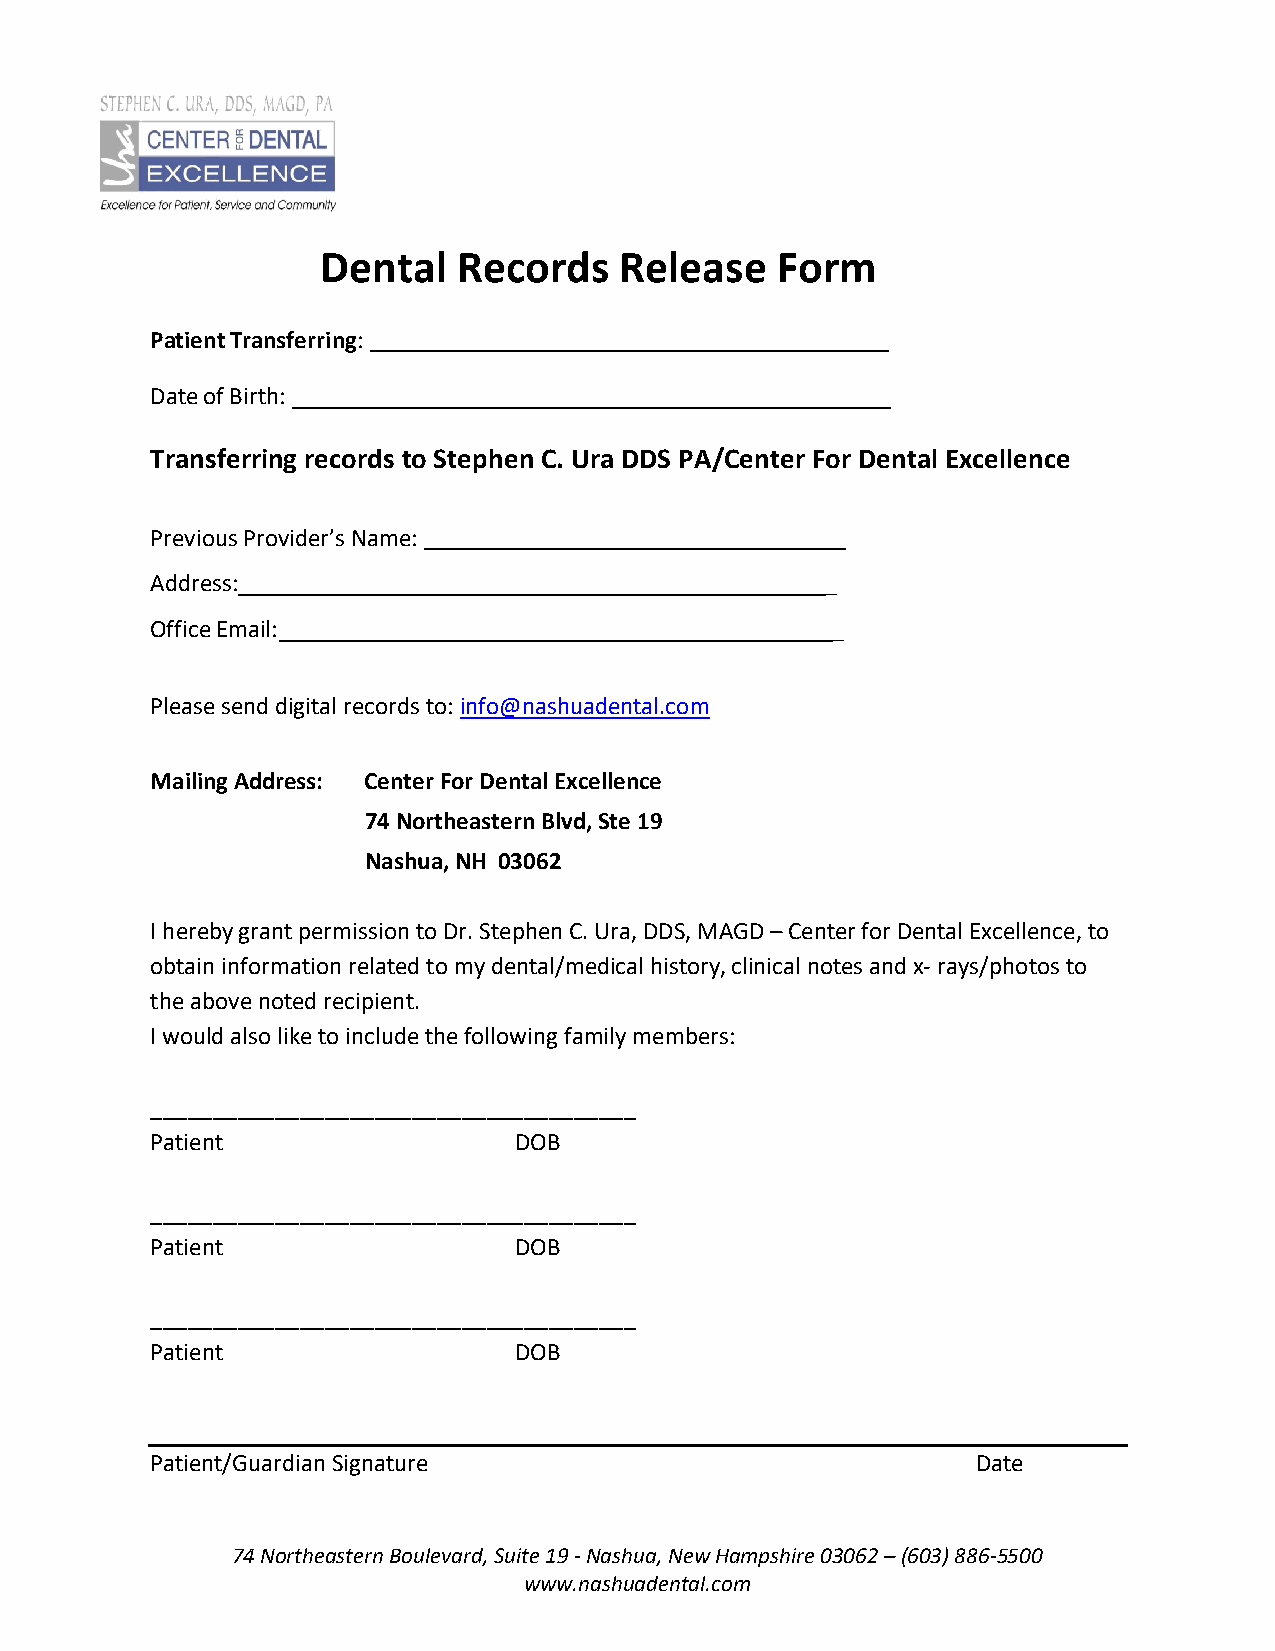
Dental   Records    Release   Form
 Patient Transferring:
 Date of Birth:
 Transferring records to Stephen C. Ura DDS PA/Center For Dental Excellence
 Previous Provider’s Name:
 Address:                                     _
 Office Email:                                _
 Please send digital records to: info@nashuadental.com
 Mailing Address: Center For Dental Excellence
 74 Northeastern Blvd, Ste 19
 Nashua, NH 03062
 I hereby grant permission to Dr. Stephen C. Ura, DDS, MAGD – Center for Dental Excellence, to
 obtain information related to my dental/medical history, clinical notes and x- rays/photos to
 the above noted recipient.
 I would also like to include the following family members:
 _______________________________________
 Patient                 DOB
 _______________________________________
 Patient                 DOB
 _______________________________________
 Patient                 DOB
 Patient/Guardian Signature                             Date
 74 Northeastern Boulevard, Suite 19 - Nashua, New Hampshire 03062 – (603) 886-5500
 www.nashuadental.com